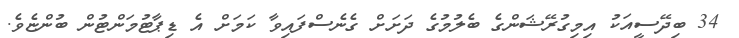
34 ބިދޭސީއަކު އިމިގުރޭޝަންގެ ބެލުމުގެ ދަށަށް ގެނެސްފައިވާ ކަމަށް އެ ޑިޕާޓުމަންޓުން ބުންޏެވެ.